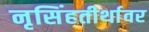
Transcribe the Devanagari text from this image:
नृसिंहतीर्थावर